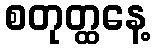
စတုတ္ထနေ့